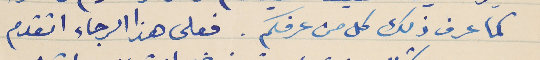
كما عرف ذلك كل من عرفكم. فعلى هذا الرجاء اتقدم